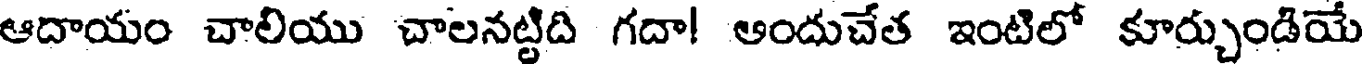
ఆదాయం చాలియు చాలనట్టిది గదా! అందుచేత ఇంటిలో కూర్చుండియే